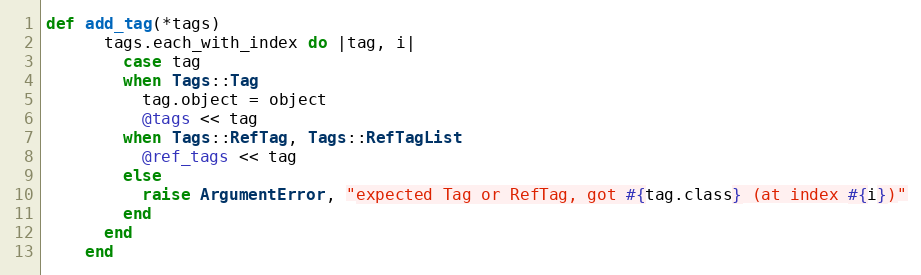
Language: Ruby
def add_tag(*tags)
      tags.each_with_index do |tag, i|
        case tag
        when Tags::Tag
          tag.object = object
          @tags << tag
        when Tags::RefTag, Tags::RefTagList
          @ref_tags << tag
        else
          raise ArgumentError, "expected Tag or RefTag, got #{tag.class} (at index #{i})"
        end
      end
    end